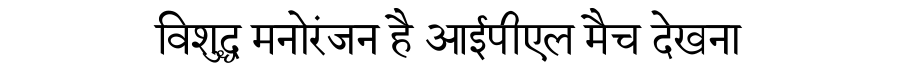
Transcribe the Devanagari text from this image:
विशुद्ध मनोरंजन है आईपीएल मैच देखना